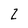
Character: Z